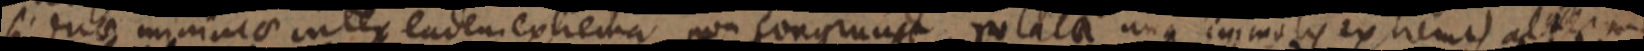
si duae minimae inter eadem extrema non congruunt rolala una immolis extremis alteram